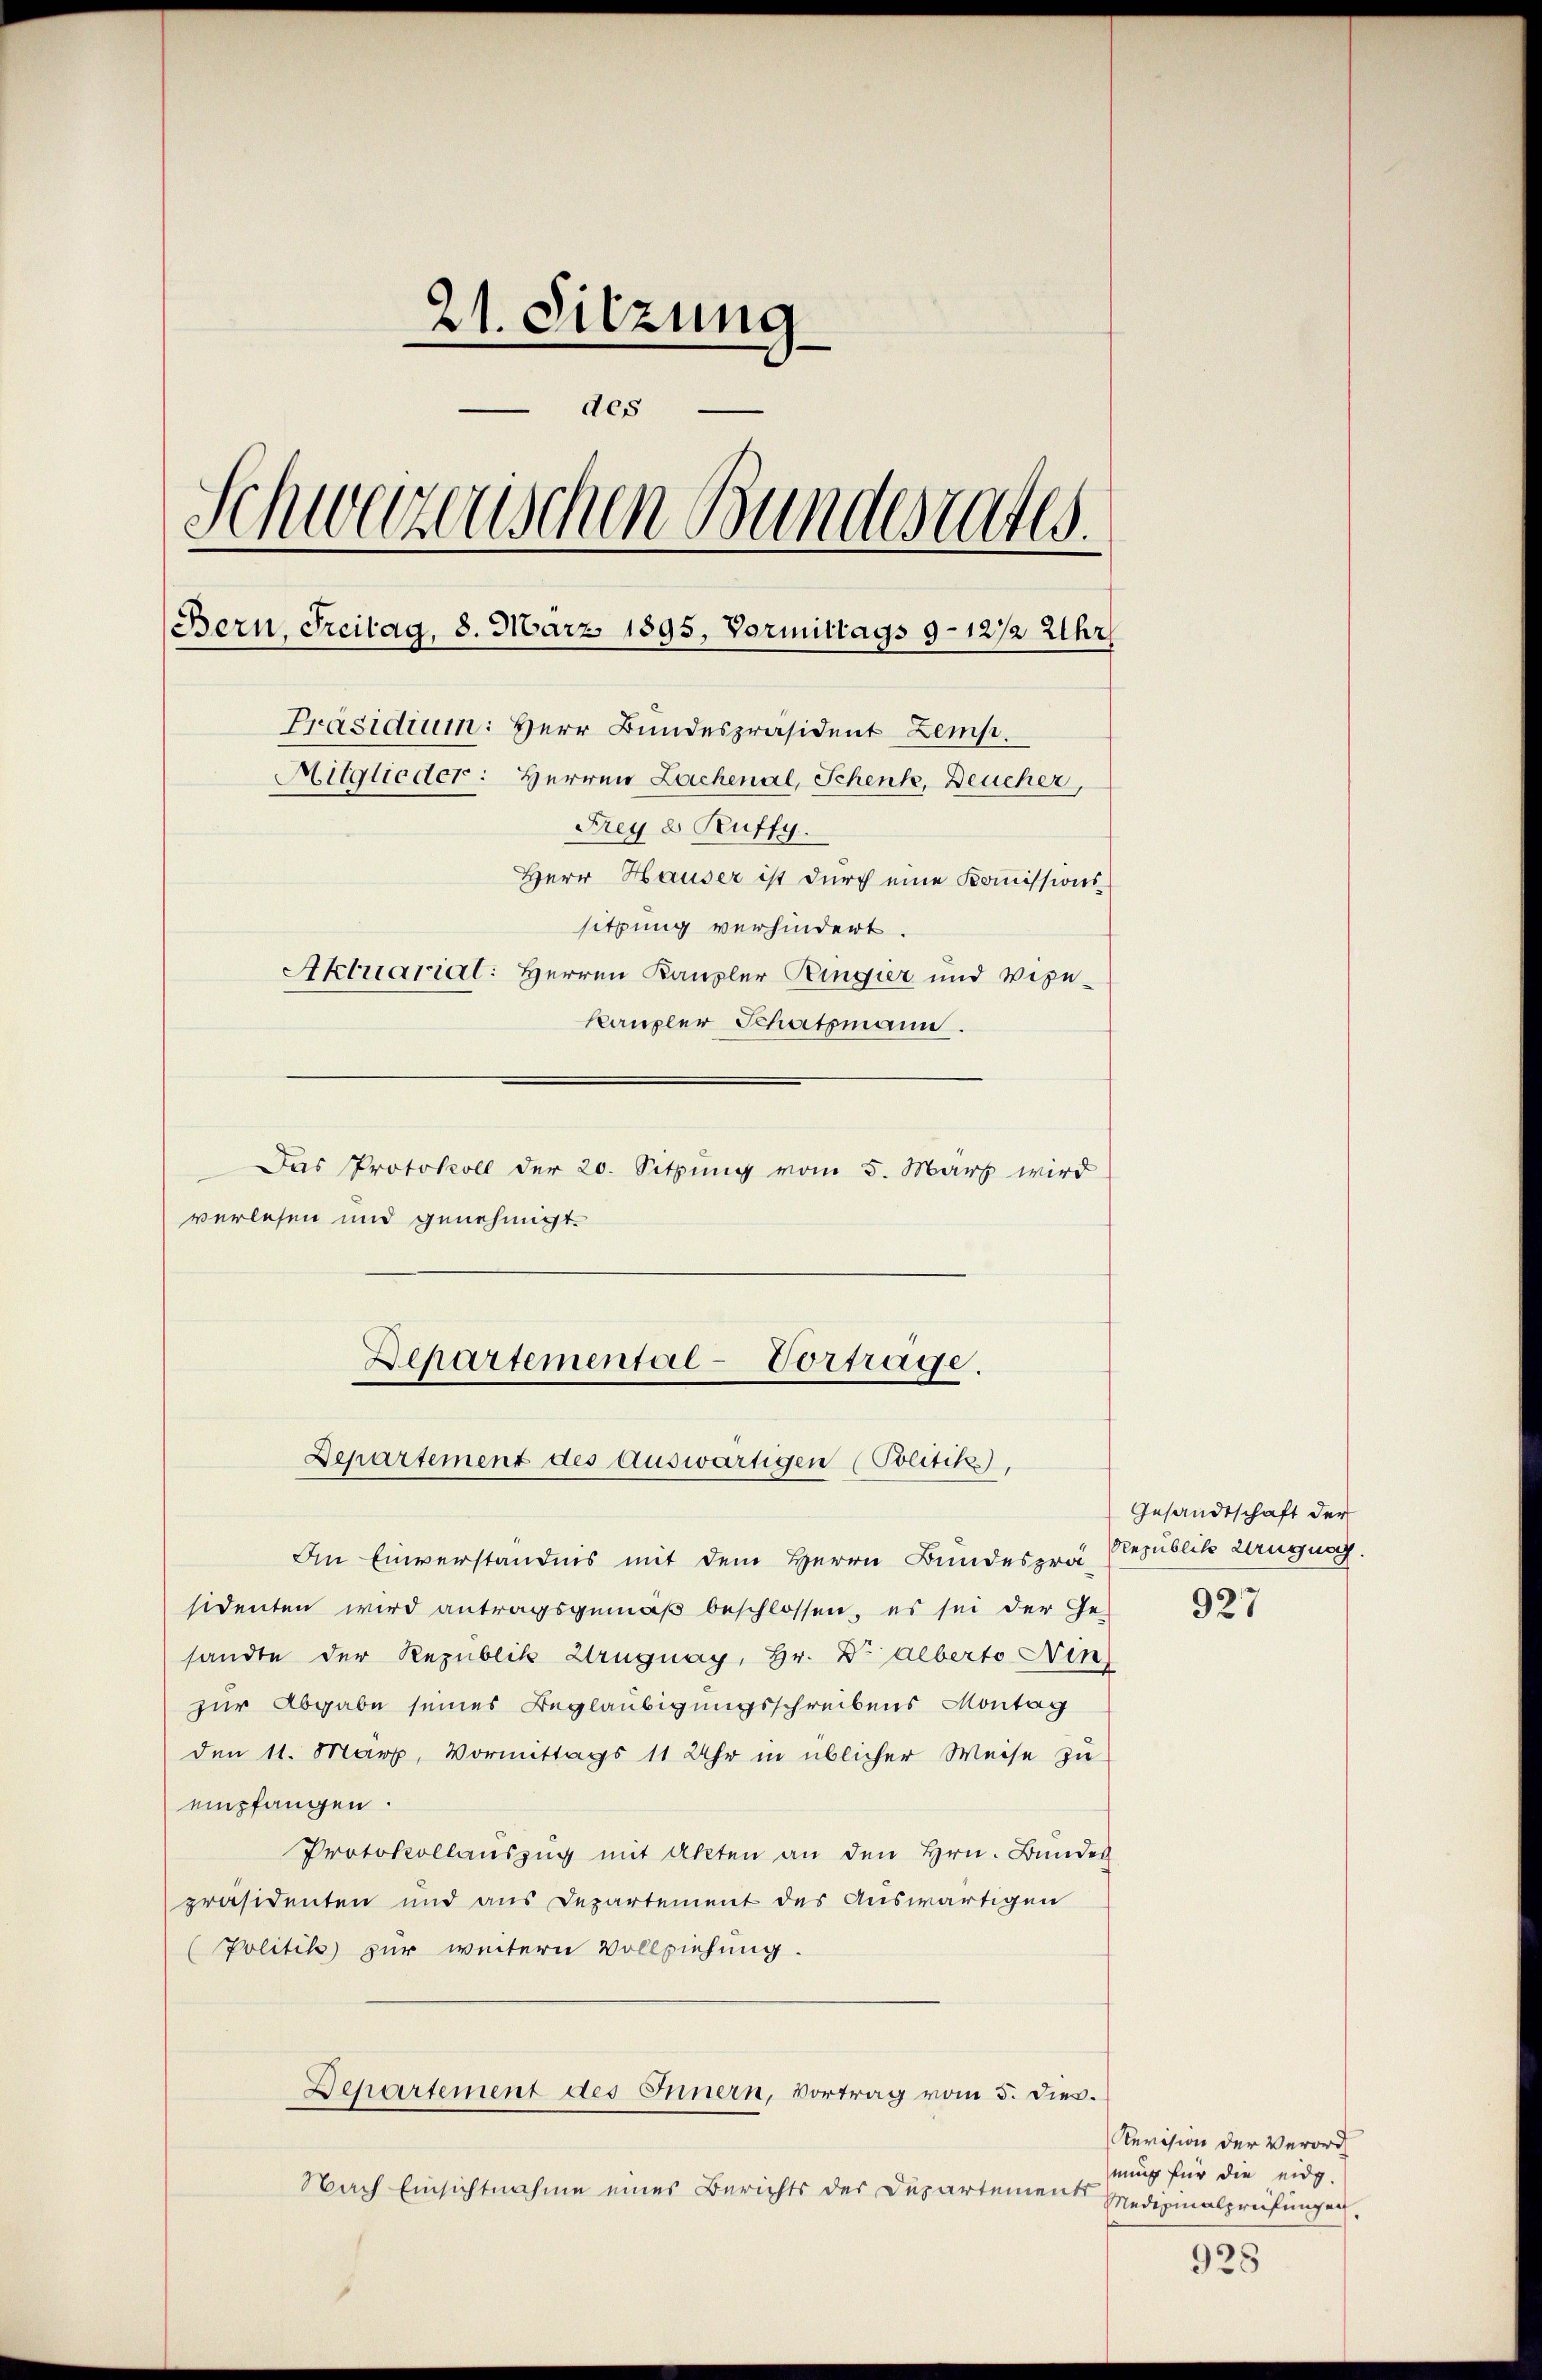
21. Sitzung
des
Schweizerischen Bundesrates.
Bern, Freitag, 8. März 1895, Vormittags 9–12 1/2 Uhr
Präsidium: Herr Bundespräsident Zemp.
Mitglieder: Herren Lachenal, Schenk, Deucher
Frey 8 Ruffy.
Herr Hauser ist durch eine Kommissions-
sitzung verhindert.
Aktuarial: Herren Kanzler Ringier und Vize-
kaupler Schatzmann.

Das Protokoll der 20. Sitzung vom 5. März wird
verlesen und genehmigt.
In Einverständnis mit dem Herrn Bundesprä- Republik Wangung.
sidenten wird antragsgemäß beschlossen, es sei der Ge-
sandte der Republik Wrügnay, Hr. Dr Alberto Nin
zur Abgabe seines Beglaubigungsschreibens Montag
den 11. März, Vormittags 11 Uhr in üblicher Weise zu
empfangen.
Protokollaŭszŭg mit Akten an den Hrn. Bundes
präsidenten und aus Departement des Auswärtigen
(Politik zur weitern Vollziehung.
Departement des Innern, Vortrag vom 5. dies.
Nach Einsichtnahme eines Berichts der Departements

Departemental-Vortrage.
Departement des Auswärtigen (Politik,

Gesandtschaft der

927

Revision der Verord
mung für die eidg.
Medizinalpreifungen.

928